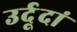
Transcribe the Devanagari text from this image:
उर्दूदां